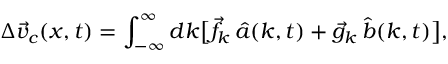
\Delta \Vec { v } _ { c } ( x , t ) = \int _ { - \infty } ^ { \infty } d k \big [ \Vec { f } _ { k } \, \hat { a } ( k , t ) + \Vec { g } _ { k } \, \hat { b } ( k , t ) \big ] ,